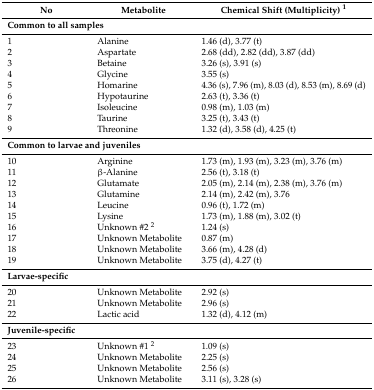
<table><thead><tr><td><b>No</b></td><td><b>Metabolite</b></td><td><b>Chemical Shift (Multiplicity) <sup>1</sup></b></td></tr></thead><tbody><tr><td colspan="3"><b>Common to all samples</b></td></tr><tr><td>1</td><td>Alanine</td><td>1.46 (d), 3.77 (t)</td></tr><tr><td>2</td><td>Aspartate</td><td>2.68 (dd), 2.82 (dd), 3.87 (dd)</td></tr><tr><td>3</td><td>Betaine</td><td>3.26 (s), 3.91 (s)</td></tr><tr><td>4</td><td>Glycine</td><td>3.55 (s)</td></tr><tr><td>5</td><td>Homarine</td><td>4.36 (s), 7.96 (m), 8.03 (d), 8.53 (m), 8.69 (d)</td></tr><tr><td>6</td><td>Hypotaurine</td><td>2.63 (t), 3.36 (t)</td></tr><tr><td>7</td><td>Isoleucine</td><td>0.98 (m), 1.03 (m)</td></tr><tr><td>8</td><td>Taurine</td><td>3.25 (t), 3.43 (t)</td></tr><tr><td>9</td><td>Threonine</td><td>1.32 (d), 3.58 (d), 4.25 (t)</td></tr><tr><td colspan="3"><b>Common to larvae and juveniles</b></td></tr><tr><td>10</td><td>Arginine</td><td>1.73 (m), 1.93 (m), 3.23 (m), 3.76 (m)</td></tr><tr><td>11</td><td>β-Alanine</td><td>2.56 (t), 3.18 (t)</td></tr><tr><td>12</td><td>Glutamate</td><td>2.05 (m), 2.14 (m), 2.38 (m), 3.76 (m)</td></tr><tr><td>13</td><td>Glutamine</td><td>2.14 (m), 2.42 (m), 3.76</td></tr><tr><td>14</td><td>Leucine</td><td>0.96 (t), 1.72 (m)</td></tr><tr><td>15</td><td>Lysine</td><td>1.73 (m), 1.88 (m), 3.02 (t)</td></tr><tr><td>16</td><td>Unknown #2 <sup>2</sup></td><td>1.24 (s)</td></tr><tr><td>17</td><td>Unknown Metabolite</td><td>0.87 (m)</td></tr><tr><td>18</td><td>Unknown Metabolite</td><td>3.66 (m), 4.28 (d)</td></tr><tr><td>19</td><td>Unknown Metabolite</td><td>3.75 (d), 4.27 (t)</td></tr><tr><td colspan="3"><b>Larvae-specific</b></td></tr><tr><td>20</td><td>Unknown Metabolite</td><td>2.92 (s)</td></tr><tr><td>21</td><td>Unknown Metabolite</td><td>2.96 (s)</td></tr><tr><td>22</td><td>Lactic acid</td><td>1.32 (d), 4.12 (m)</td></tr><tr><td colspan="3"><b>Juvenile-specific</b></td></tr><tr><td>23</td><td>Unknown #1 <sup>2</sup></td><td>1.09 (s)</td></tr><tr><td>24</td><td>Unknown Metabolite</td><td>2.25 (s)</td></tr><tr><td>25</td><td>Unknown Metabolite</td><td>2.56 (s)</td></tr><tr><td>26</td><td>Unknown Metabolite</td><td>3.11 (s), 3.28 (s)</td></tr></tbody></table>